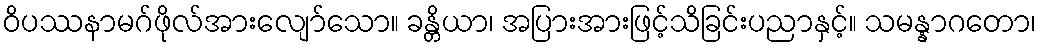
ဝိပဿနာမဂ်ဖိုလ်အားလျော်သော။ ခန္တိယာ၊ အပြားအားဖြင့်သိခြင်းပညာနှင့်။ သမန္နာဂတော၊